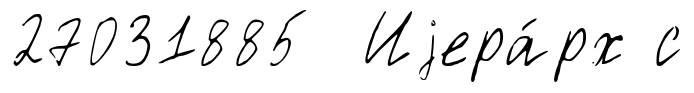
27031885 Иjера́рх с